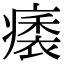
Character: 㿆